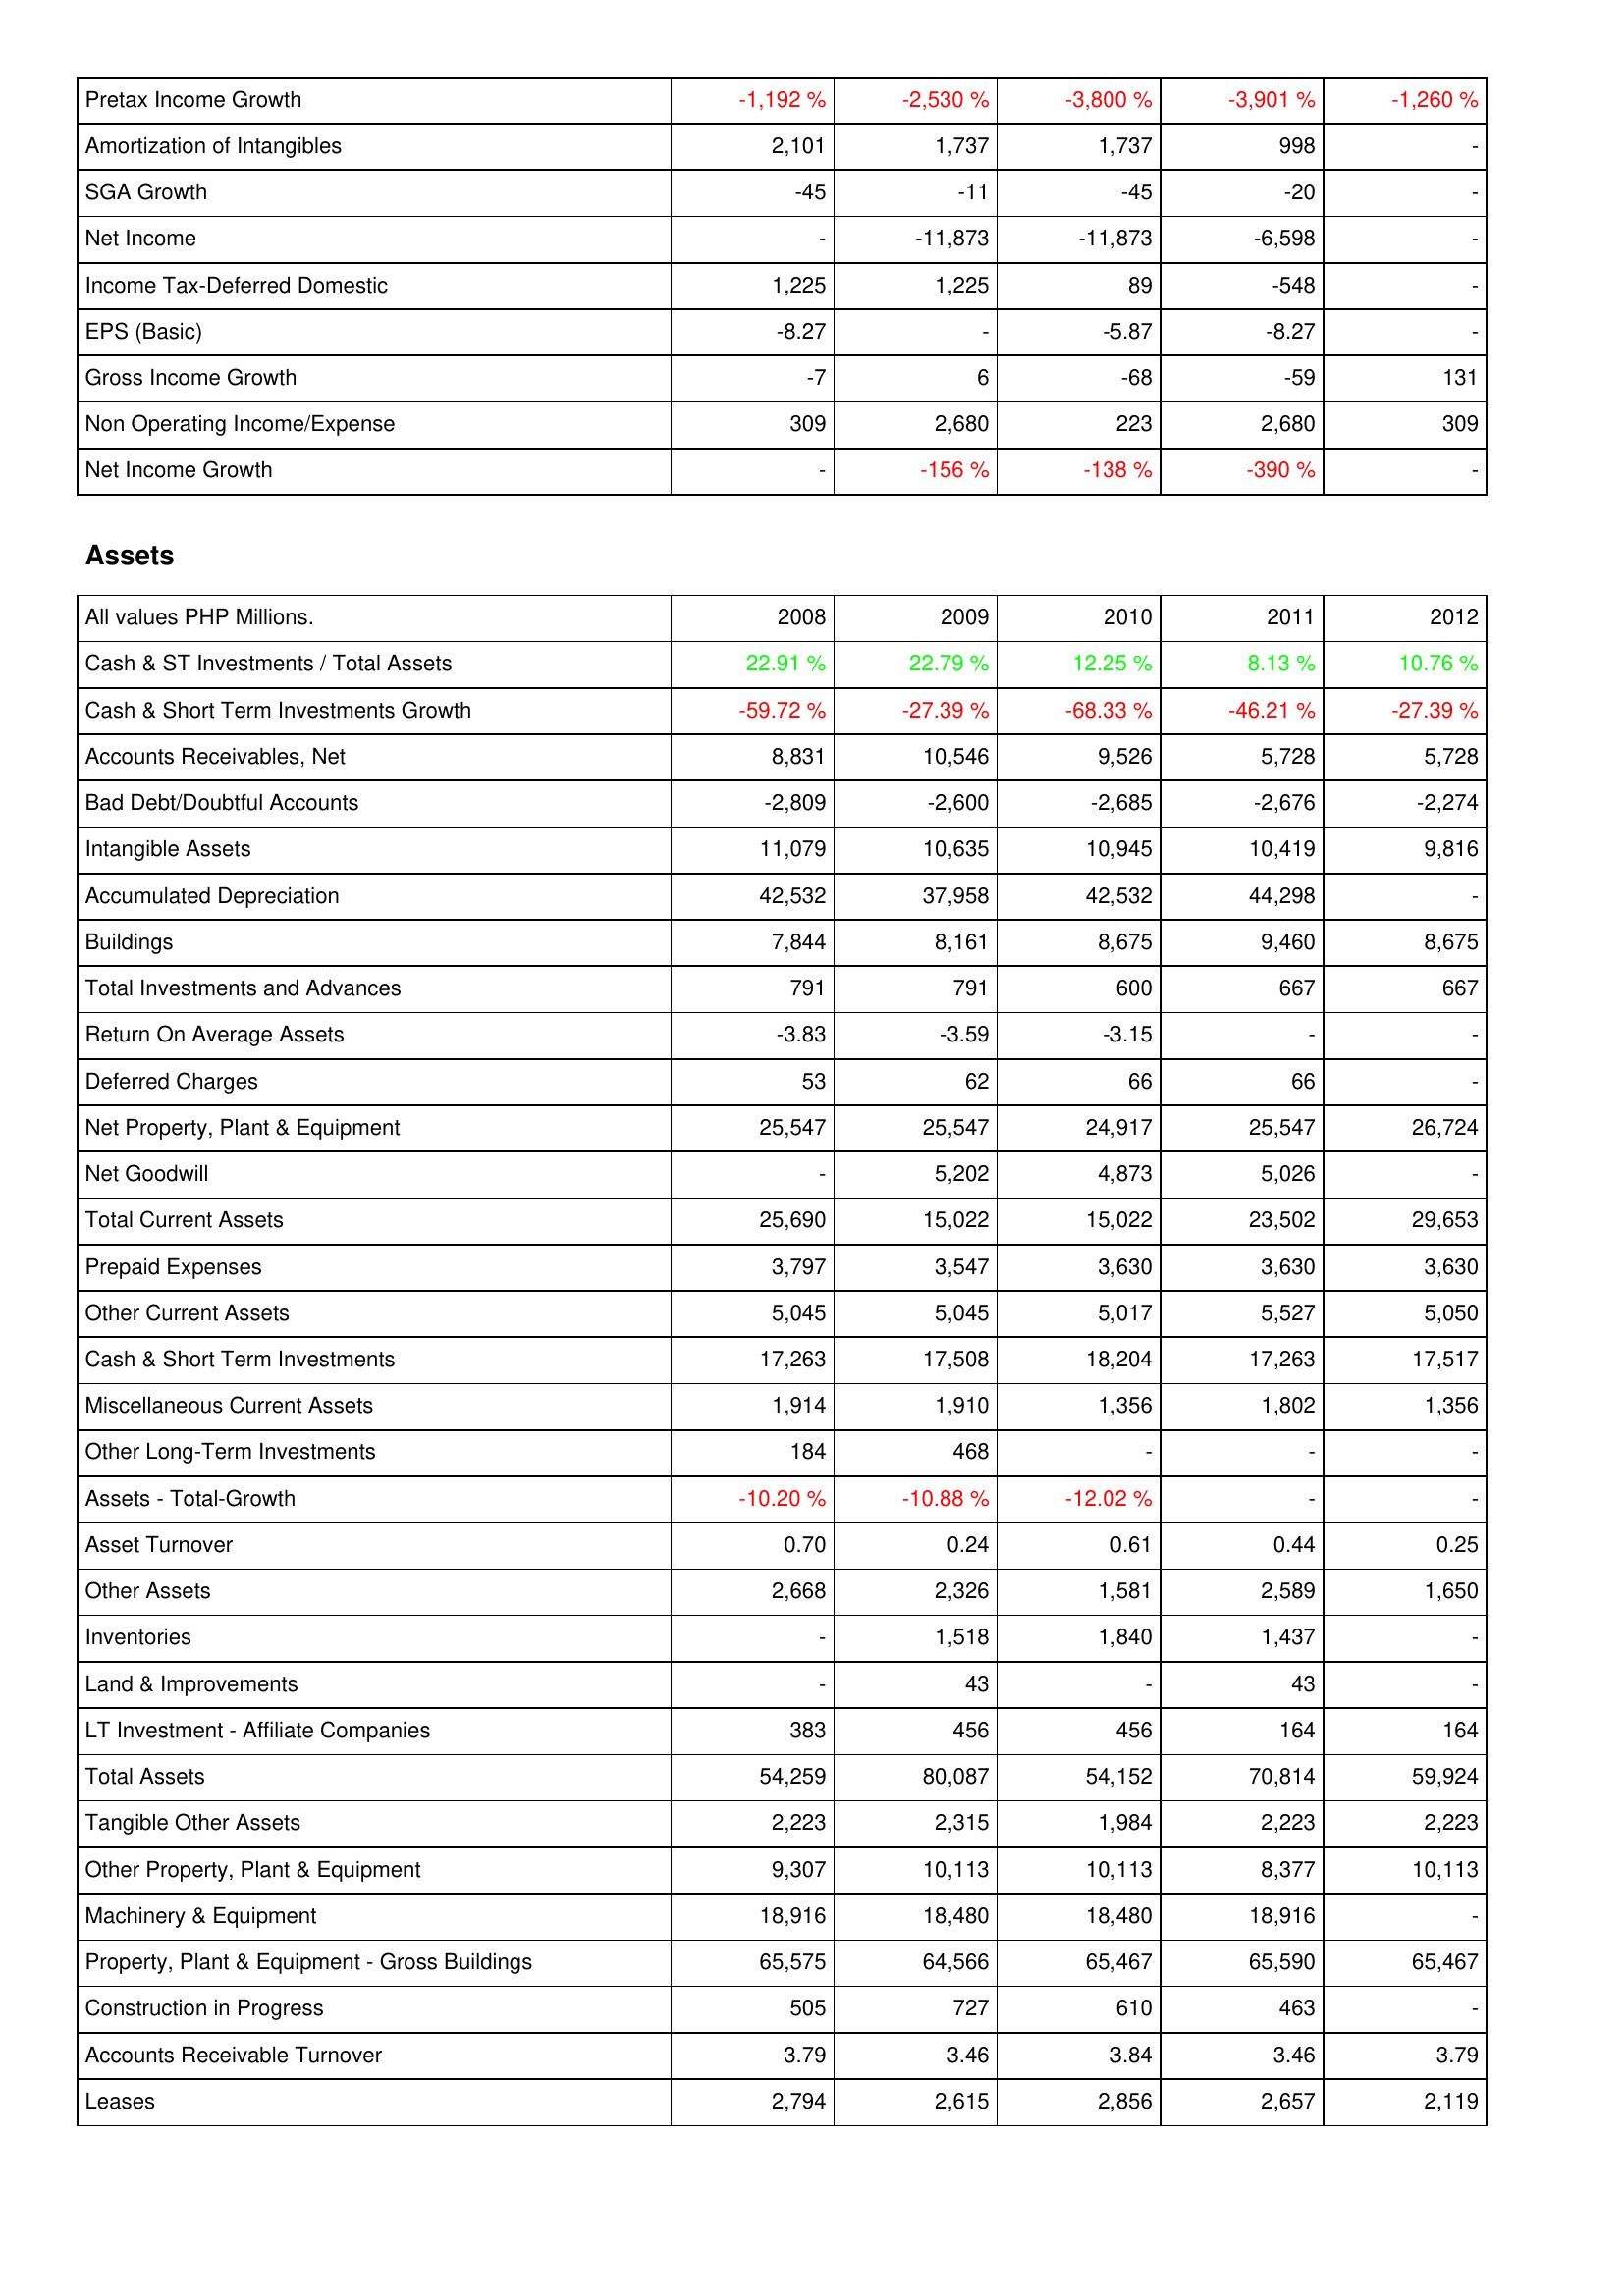
2008: Income Statement: Pretax Income Growth: -1,192 %
Amortization of Intangibles: 2,101
SGA Growth: -45
Net Income: -
Income Tax-Deferred Domestic: 1,225
EPS (Basic): -8.27
Gross Income Growth: -7
Non Operating Income/Expense: 309
Net Income Growth: -
Assets: Cash & ST Investments / Total Assets: 22.91 %
Cash & Short Term Investments Growth: -59.72 %
Accounts Receivables, Net: 8,831
Bad Debt/Doubtful Accounts: -2,809
Intangible Assets: 11,079
Accumulated Depreciation: 42,532
Buildings: 7,844
Total Investments and Advances: 791
Return On Average Assets: -3.83
Deferred Charges: 53
Net Property, Plant & Equipment: 25,547
Net Goodwill: -
Total Current Assets: 25,690
Prepaid Expenses: 3,797
Other Current Assets: 5,045
Cash & Short Term Investments: 17,263
Miscellaneous Current Assets: 1,914
Other Long-Term Investments: 184
Assets - Total-Growth: -10.20 %
Asset Turnover: 0.70
Other Assets: 2,668
Inventories: -
Land & Improvements: -
LT Investment - Affiliate Companies: 383
Total Assets: 54,259
Tangible Other Assets: 2,223
Other Property, Plant & Equipment: 9,307
Machinery & Equipment: 18,916
Property, Plant & Equipment - Gross Buildings: 65,575
Construction in Progress: 505
Accounts Receivable Turnover: 3.79
Leases: 2,794
2009: Income Statement: Pretax Income Growth: -2,530 %
Amortization of Intangibles: 1,737
SGA Growth: -11
Net Income: -11,873
Income Tax-Deferred Domestic: 1,225
EPS (Basic): -
Gross Income Growth: 6
Non Operating Income/Expense: 2,680
Net Income Growth: -156 %
Assets: Cash & ST Investments / Total Assets: 22.79 %
Cash & Short Term Investments Growth: -27.39 %
Accounts Receivables, Net: 10,546
Bad Debt/Doubtful Accounts: -2,600
Intangible Assets: 10,635
Accumulated Depreciation: 37,958
Buildings: 8,161
Total Investments and Advances: 791
Return On Average Assets: -3.59
Deferred Charges: 62
Net Property, Plant & Equipment: 25,547
Net Goodwill: 5,202
Total Current Assets: 15,022
Prepaid Expenses: 3,547
Other Current Assets: 5,045
Cash & Short Term Investments: 17,508
Miscellaneous Current Assets: 1,910
Other Long-Term Investments: 468
Assets - Total-Growth: -10.88 %
Asset Turnover: 0.24
Other Assets: 2,326
Inventories: 1,518
Land & Improvements: 43
LT Investment - Affiliate Companies: 456
Total Assets: 80,087
Tangible Other Assets: 2,315
Other Property, Plant & Equipment: 10,113
Machinery & Equipment: 18,480
Property, Plant & Equipment - Gross Buildings: 64,566
Construction in Progress: 727
Accounts Receivable Turnover: 3.46
Leases: 2,615
2010: Income Statement: Pretax Income Growth: -3,800 %
Amortization of Intangibles: 1,737
SGA Growth: -45
Net Income: -11,873
Income Tax-Deferred Domestic: 89
EPS (Basic): -5.87
Gross Income Growth: -68
Non Operating Income/Expense: 223
Net Income Growth: -138 %
Assets: Cash & ST Investments / Total Assets: 12.25 %
Cash & Short Term Investments Growth: -68.33 %
Accounts Receivables, Net: 9,526
Bad Debt/Doubtful Accounts: -2,685
Intangible Assets: 10,945
Accumulated Depreciation: 42,532
Buildings: 8,675
Total Investments and Advances: 600
Return On Average Assets: -3.15
Deferred Charges: 66
Net Property, Plant & Equipment: 24,917
Net Goodwill: 4,873
Total Current Assets: 15,022
Prepaid Expenses: 3,630
Other Current Assets: 5,017
Cash & Short Term Investments: 18,204
Miscellaneous Current Assets: 1,356
Other Long-Term Investments: -
Assets - Total-Growth: -12.02 %
Asset Turnover: 0.61
Other Assets: 1,581
Inventories: 1,840
Land & Improvements: -
LT Investment - Affiliate Companies: 456
Total Assets: 54,152
Tangible Other Assets: 1,984
Other Property, Plant & Equipment: 10,113
Machinery & Equipment: 18,480
Property, Plant & Equipment - Gross Buildings: 65,467
Construction in Progress: 610
Accounts Receivable Turnover: 3.84
Leases: 2,856
2011: Income Statement: Pretax Income Growth: -3,901 %
Amortization of Intangibles: 998
SGA Growth: -20
Net Income: -6,598
Income Tax-Deferred Domestic: -548
EPS (Basic): -8.27
Gross Income Growth: -59
Non Operating Income/Expense: 2,680
Net Income Growth: -390 %
Assets: Cash & ST Investments / Total Assets: 8.13 %
Cash & Short Term Investments Growth: -46.21 %
Accounts Receivables, Net: 5,728
Bad Debt/Doubtful Accounts: -2,676
Intangible Assets: 10,419
Accumulated Depreciation: 44,298
Buildings: 9,460
Total Investments and Advances: 667
Return On Average Assets: -
Deferred Charges: 66
Net Property, Plant & Equipment: 25,547
Net Goodwill: 5,026
Total Current Assets: 23,502
Prepaid Expenses: 3,630
Other Current Assets: 5,527
Cash & Short Term Investments: 17,263
Miscellaneous Current Assets: 1,802
Other Long-Term Investments: -
Assets - Total-Growth: -
Asset Turnover: 0.44
Other Assets: 2,589
Inventories: 1,437
Land & Improvements: 43
LT Investment - Affiliate Companies: 164
Total Assets: 70,814
Tangible Other Assets: 2,223
Other Property, Plant & Equipment: 8,377
Machinery & Equipment: 18,916
Property, Plant & Equipment - Gross Buildings: 65,590
Construction in Progress: 463
Accounts Receivable Turnover: 3.46
Leases: 2,657
2012: Income Statement: Pretax Income Growth: -1,260 %
Amortization of Intangibles: -
SGA Growth: -
Net Income: -
Income Tax-Deferred Domestic: -
EPS (Basic): -
Gross Income Growth: 131
Non Operating Income/Expense: 309
Net Income Growth: -
Assets: Cash & ST Investments / Total Assets: 10.76 %
Cash & Short Term Investments Growth: -27.39 %
Accounts Receivables, Net: 5,728
Bad Debt/Doubtful Accounts: -2,274
Intangible Assets: 9,816
Accumulated Depreciation: -
Buildings: 8,675
Total Investments and Advances: 667
Return On Average Assets: -
Deferred Charges: -
Net Property, Plant & Equipment: 26,724
Net Goodwill: -
Total Current Assets: 29,653
Prepaid Expenses: 3,630
Other Current Assets: 5,050
Cash & Short Term Investments: 17,517
Miscellaneous Current Assets: 1,356
Other Long-Term Investments: -
Assets - Total-Growth: -
Asset Turnover: 0.25
Other Assets: 1,650
Inventories: -
Land & Improvements: -
LT Investment - Affiliate Companies: 164
Total Assets: 59,924
Tangible Other Assets: 2,223
Other Property, Plant & Equipment: 10,113
Machinery & Equipment: -
Property, Plant & Equipment - Gross Buildings: 65,467
Construction in Progress: -
Accounts Receivable Turnover: 3.79
Leases: 2,119